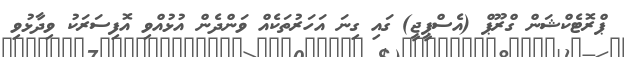
ޕްރޮޓެކްޝަން ގްރޫޕް (އެސްޕީޖީ) ގައި ގިނަ އަހަރުތަކެއް ވަންދެން އުޅުއްވި އޮފިސަރަކު ވިދާޅުވި